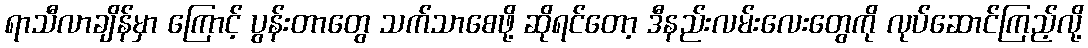
ရာသီလာချိန်မှာ ကြောင့် ပွန်းတာတွေ သက်သာစေဖို့ ဆိုရင်တော့ ဒီနည်းလမ်းလေးတွေကို လုပ်ဆောင်ကြည့်လို့